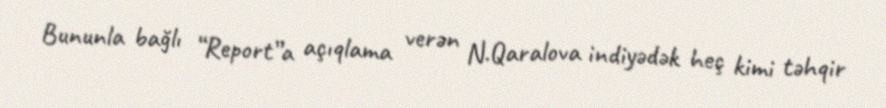
Bununla bağlı “Report”a açıqlama verən N.Qaralova indiyədək heç kimi təhqir